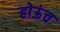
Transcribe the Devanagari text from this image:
होऊंच